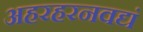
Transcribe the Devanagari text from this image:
अहरहरनवद्यं